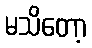
မသိတော့